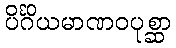
ပိင်္ဂိယမာဏဝပုစ္ဆာ